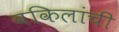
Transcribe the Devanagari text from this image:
वकिलांची